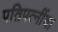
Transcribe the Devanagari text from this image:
पतिपत्‍नींचा